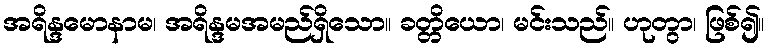
အရိန္ဒမောနာမ၊ အရိန္ဒမအမည်ရှိသော။ ခတ္တိယော၊ မင်းသည်။ ဟုတွာ၊ ဖြစ်၍။